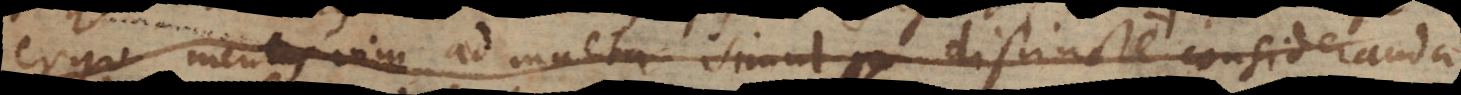
ergo mentis vim ad multa simul distincte consideranda